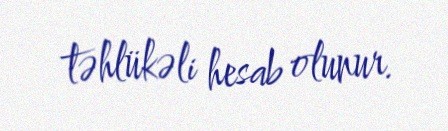
təhlükəli hesab olunur.